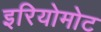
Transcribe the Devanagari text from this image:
इरियोमोट